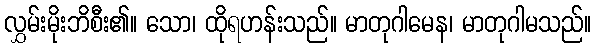
လွှမ်းမိုးဘိစီး၏။ သော၊ ထိုရဟန်းသည်။ မာတုဂါမေန၊ မာတုဂါမသည်။